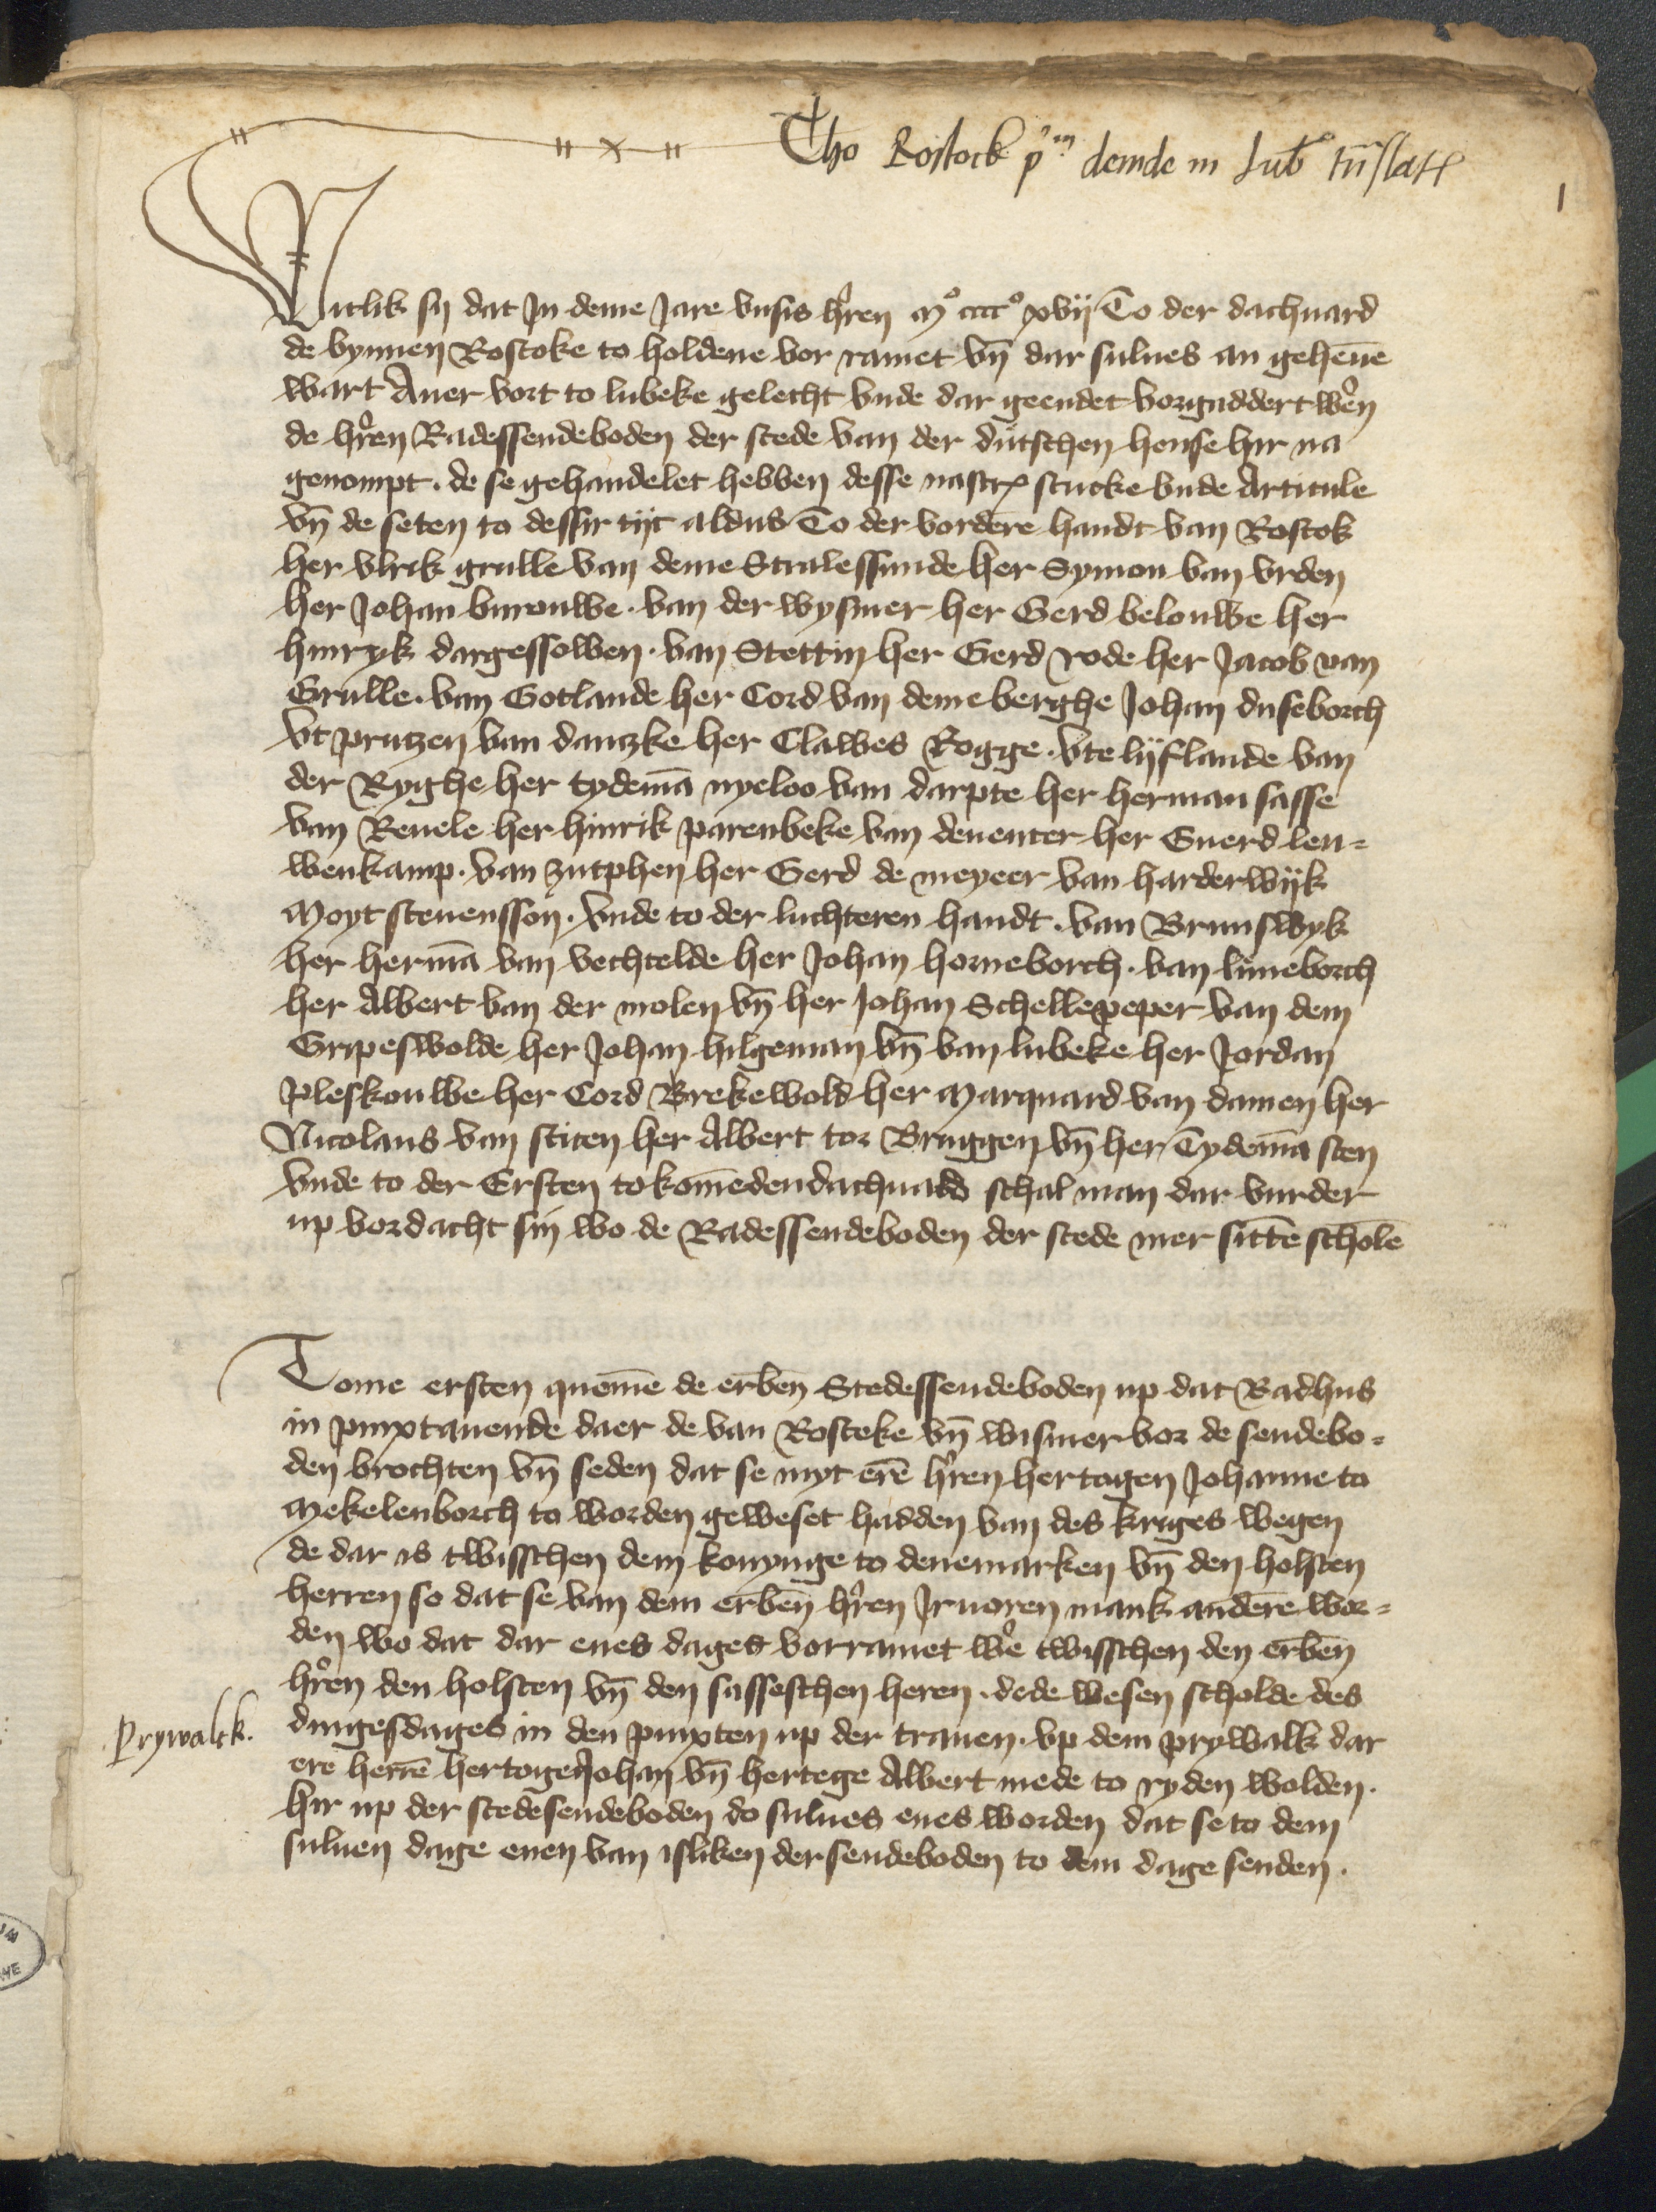
Prywalck

Tho Rostock per demde in Lubek tum slath

Witlik sy dat Jn deme Jare vnsis herren Mo cccco xvij To der dachuard
de bynnen Rostoke to holdene vor ramet vnd dar sulues an geheuen
wart Auer vort to Lubeke gelecht vnde dar geendet vorgaddert weren
de herren Radessendeboden der stede van der duͤtschen hense hir na
genompt, de se gehandelet hebben desse nascreuen stucke vnde Articule
vnd de seten to dessir tijt aldus To der vorderen handt van Rostok
her Vlrik Grulle van deme Stralessunde her Symon van Vrden
her Johan Burouwe, van der Wysmer her Gerd Belouwe her
Hinryk Dargessowen, van Stettin her Gerd Rode her Jacob van
Grulle, van Gotlande her Cord van deme Berghe Johan Duseborch
Vt Prutzen van Danzke her Clawes Rogge vte Lyflande van
der Ryghe her Tydeman Nyeloo van Darpte her Herman Sasse
vm Reuele her Hinrik Parenbeke van Deuenter her Euerd Leu¬
wenkamp van Zutphen her Gerd de Meyeer van Harderwyk
Moyt Stenensson vnde to der luchteren handt van Brunswyk
her Herman van Vechtelde her Johan Horneborch, van Luneborch
her Albert van der Molen vnd her Johan Schellepeper van dem
Gripeswolde her Johan Hilgeman vnd van Lubeke her Jordan
Pleskouwe her Cord Brekewold her Marquard van Damen her
Nicolaus van Stiten her Albert tor Bruggen vnd her Tydeman Sten
vnde to der Ersten to kommenden dachuard schal man dar vurder
up vordacht sin wo de Radessendeboden der stede mer sitten scholen

Tome ersten quemme de erbenomed Stedessendeboden up dat Radhus
in pinxtauende daer de van Rostoke vnd Wismer vor de sendebo¬
den brochten vnd seden dat se myt eren herren hertogen Johanne to
Mekelenborch to worden geweset hadden van des kriges wegen
de dar is twisschen dem konynge to Denemarken vnd den Holsten
herren so dat se van dem erbenomden heren Jruoren mank anderen wor¬
den wo dat dar enes dages vorramet were twisschen den erbenomeden
herren den Holsten vnd den susseschen heren dede wesen scholde des
dingesdages in den pinxten up der Trauen vp dem Prywalk dar
ere herren hertogen Johan vnd hertege Albert mede to ryden wolden.
hir up der stedesendeboden do sulues enes worden dat se to dem
suluen dage enen van isliken der sendeboden to dem dage senden.